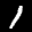
Label: 1